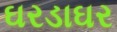
ઘરડાઘર